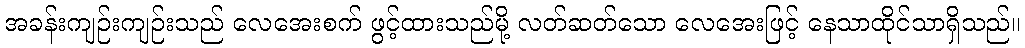
အခန်းကျဉ်းကျဉ်းသည် လေအေးစက် ဖွင့်ထားသည်မို့ လတ်ဆတ်သော လေအေးဖြင့် နေသာထိုင်သာရှိသည်။